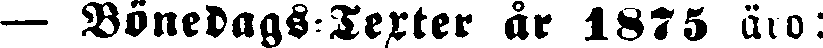
— Bönedags-Terter år 1875 äro: